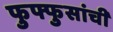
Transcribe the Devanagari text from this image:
फुफ्फुसांची